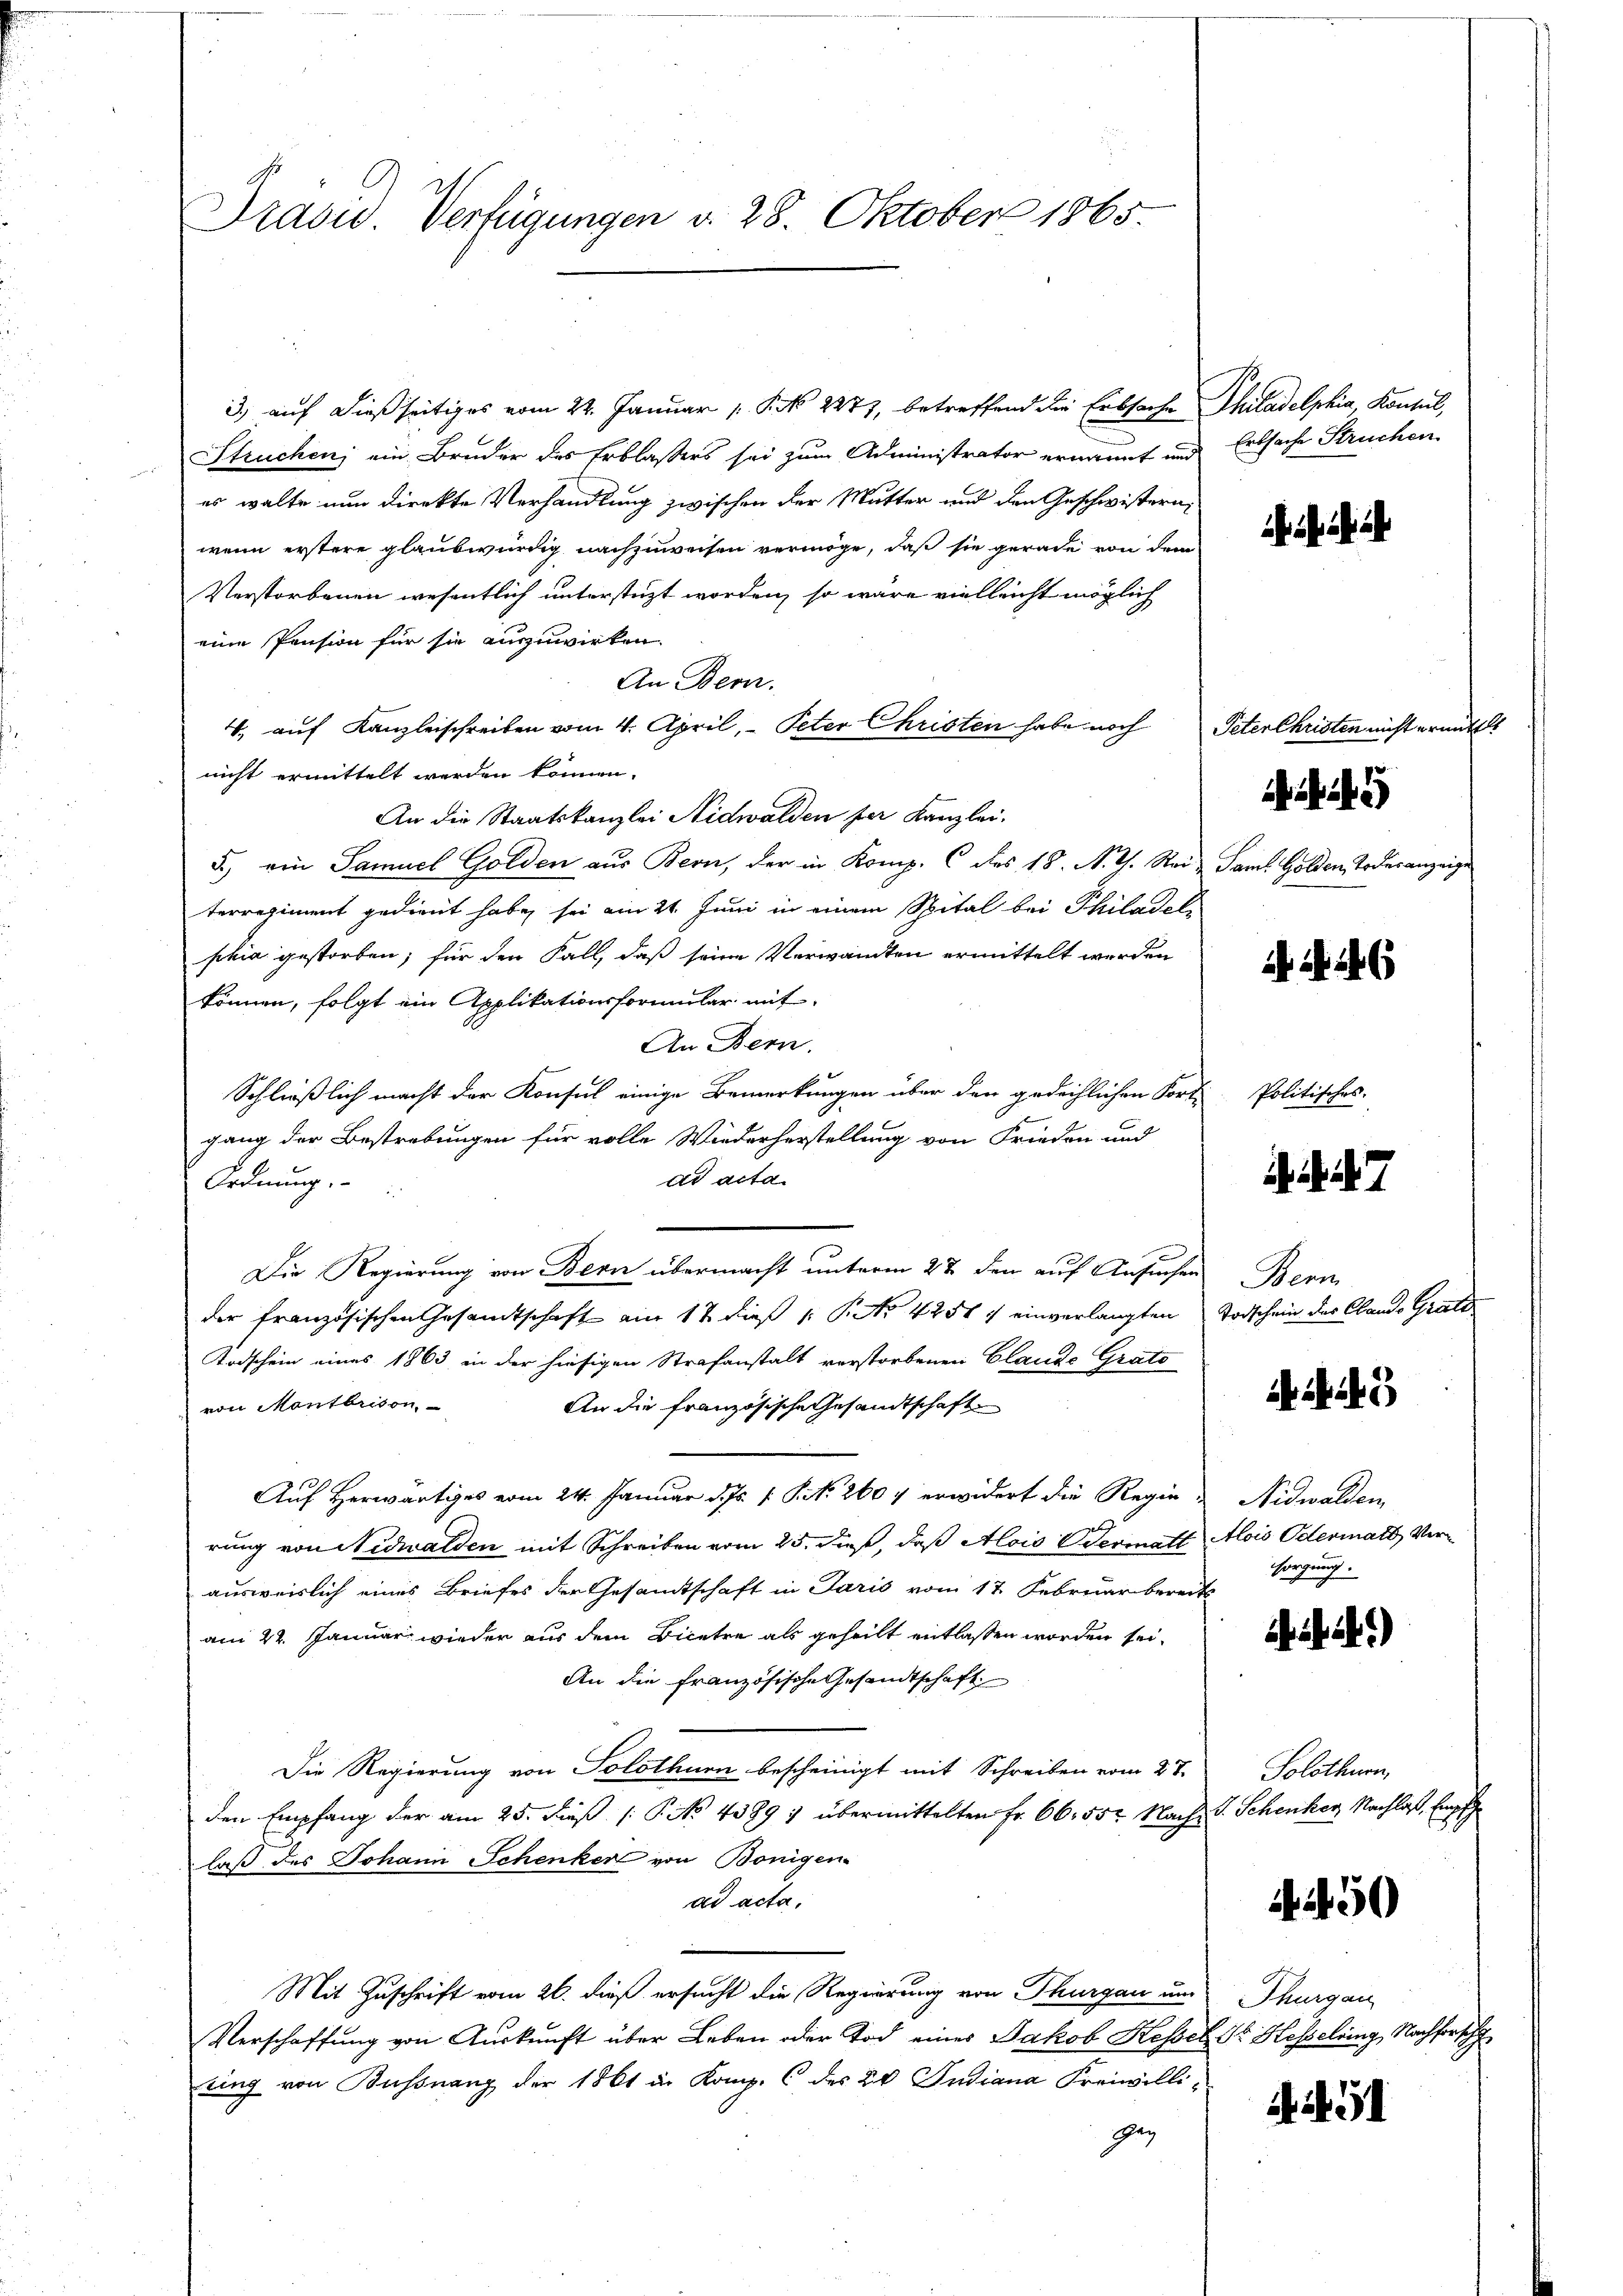
Dradw. Verfügungen d. 28. Oktober 1865.

3) auf dießseitiges vom 22. Januar 1 S. 2277, betreffend die Erbsache Philadelphia Konsul,
Struchen; ein Bruder des Erblassers sei zum Administrator ernannt und
es walte nun direkte Verhandlung zwischen der Mutter und den Geschwisterni
wenn erstere glaubwürdig nachzuweisen vermöge, daß sie gerade von dem
Verstorbenen wesentlich unterstüzt worden, so wäre vielleicht möglich
eine Pension für sie anzuwirken.
An Bern.
4, auf Kanzleischreiben vom 4. April, Peter Christen habe noch
nicht ermittelt werden können.
An die Staatskanzlei Nidwalden der Kanzlei.
5.) ein Samuel Golden aus Bern, der in Komp. C des 18. N. V. Rei- Saml. Golden, Todesanzeige
terregiment gedient habe, sei am 21. Juni in einem Spital bei Philadel
phia gestorben; für den Fall, daß seine Verwandten ermittelt werden
können, folgt ein Applikationsformular mit
An Bern.
Schließlich macht der Konsul einige Bemerkungen über den gedeihlichen Fort-
gang der Bestrebungen für volle Wiederherstellung von Frieden und
dd acta.
Ordnung.
Die Regierung von Bern übermacht unterm 22 den auf Ansuchen Bern
der französischen Gesandtschaft am 12 dieß (: P. Nr. 4251 7 einverlangten Todschein des Cand. Gratt
Todschein eines 1863 in der hiesigen Strafanstalt verstorbenen Clauds Grato
von Montbrison
An die französische Gesandtschaft
Auf Herwärtiges vom 24. Januar d. Js. s. S. 260 erwidert die Regierung von Nidwalden mit Schreiben vom 25. dieß, daß Alois Wermatt Alois Odermatt, Verausweislich eines Briefes der Gesandtschaft in Paris vom 17. Februar bereits
am 22. Januar wieder aus dem Bicetre als geheilt entlassen worden sei.
An die französische Gesandtschaft
Die Regierung von Solothurn bescheinigt mit Schreiben vom 27.
den Empfang der am 25. dieß P. No. 43891 übermittelten Fr. 66. 552. Nach S. Schenker Nachlas, Empf
laß des Johann Schenker von Bönigen-
ad acta.
Mit Zuschrift vom 26. dieß ersucht die Regierung von Thurgau um
Verschaffŭng von Aŭskŭnft über Leben oder Tod eines Jakob Kessel Dr. Hesselring, Nachforsch
ting von Bussnang der 1861 in Komp. C. des 20 Indiana Freiwilligaz

Erbsache Struchen

Peter Christen nicht ermittet

. 24

Politisches.

5

Nidwalden
sorgung.

i. a.)

Solothurn,

250

Thurgau

51